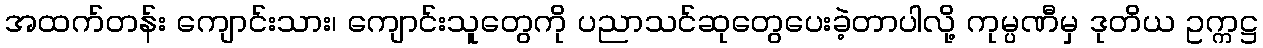
အထက်တန်း ကျောင်းသား၊ ကျောင်းသူတွေကို ပညာသင်ဆုတွေပေးခဲ့တာပါလို့ ကုမ္ပဏီမှ ဒုတိယ ဥက္ကဋ္ဌ